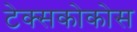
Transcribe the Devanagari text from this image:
टेक्सकोकोस